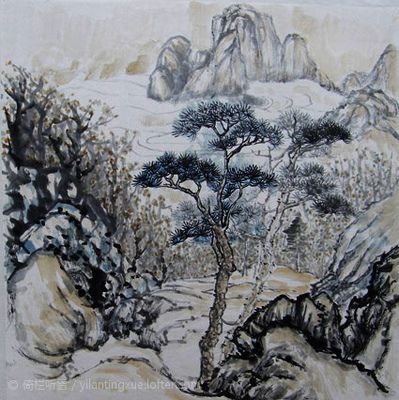
南轩有孤松，柯叶自绵幂。